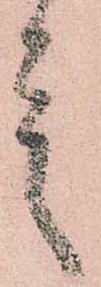
言